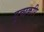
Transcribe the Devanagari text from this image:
पुच्छकपि